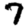
Digit: 7